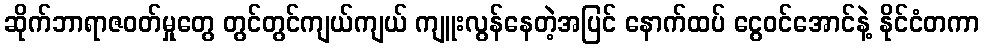
ဆိုက်ဘာရာဇဝတ်မှုတွေ တွင်တွင်ကျယ်ကျယ် ကျူးလွန်နေတဲ့အပြင် နောက်ထပ် ငွေဝင်အောင်နဲ့ နိုင်ငံတကာ